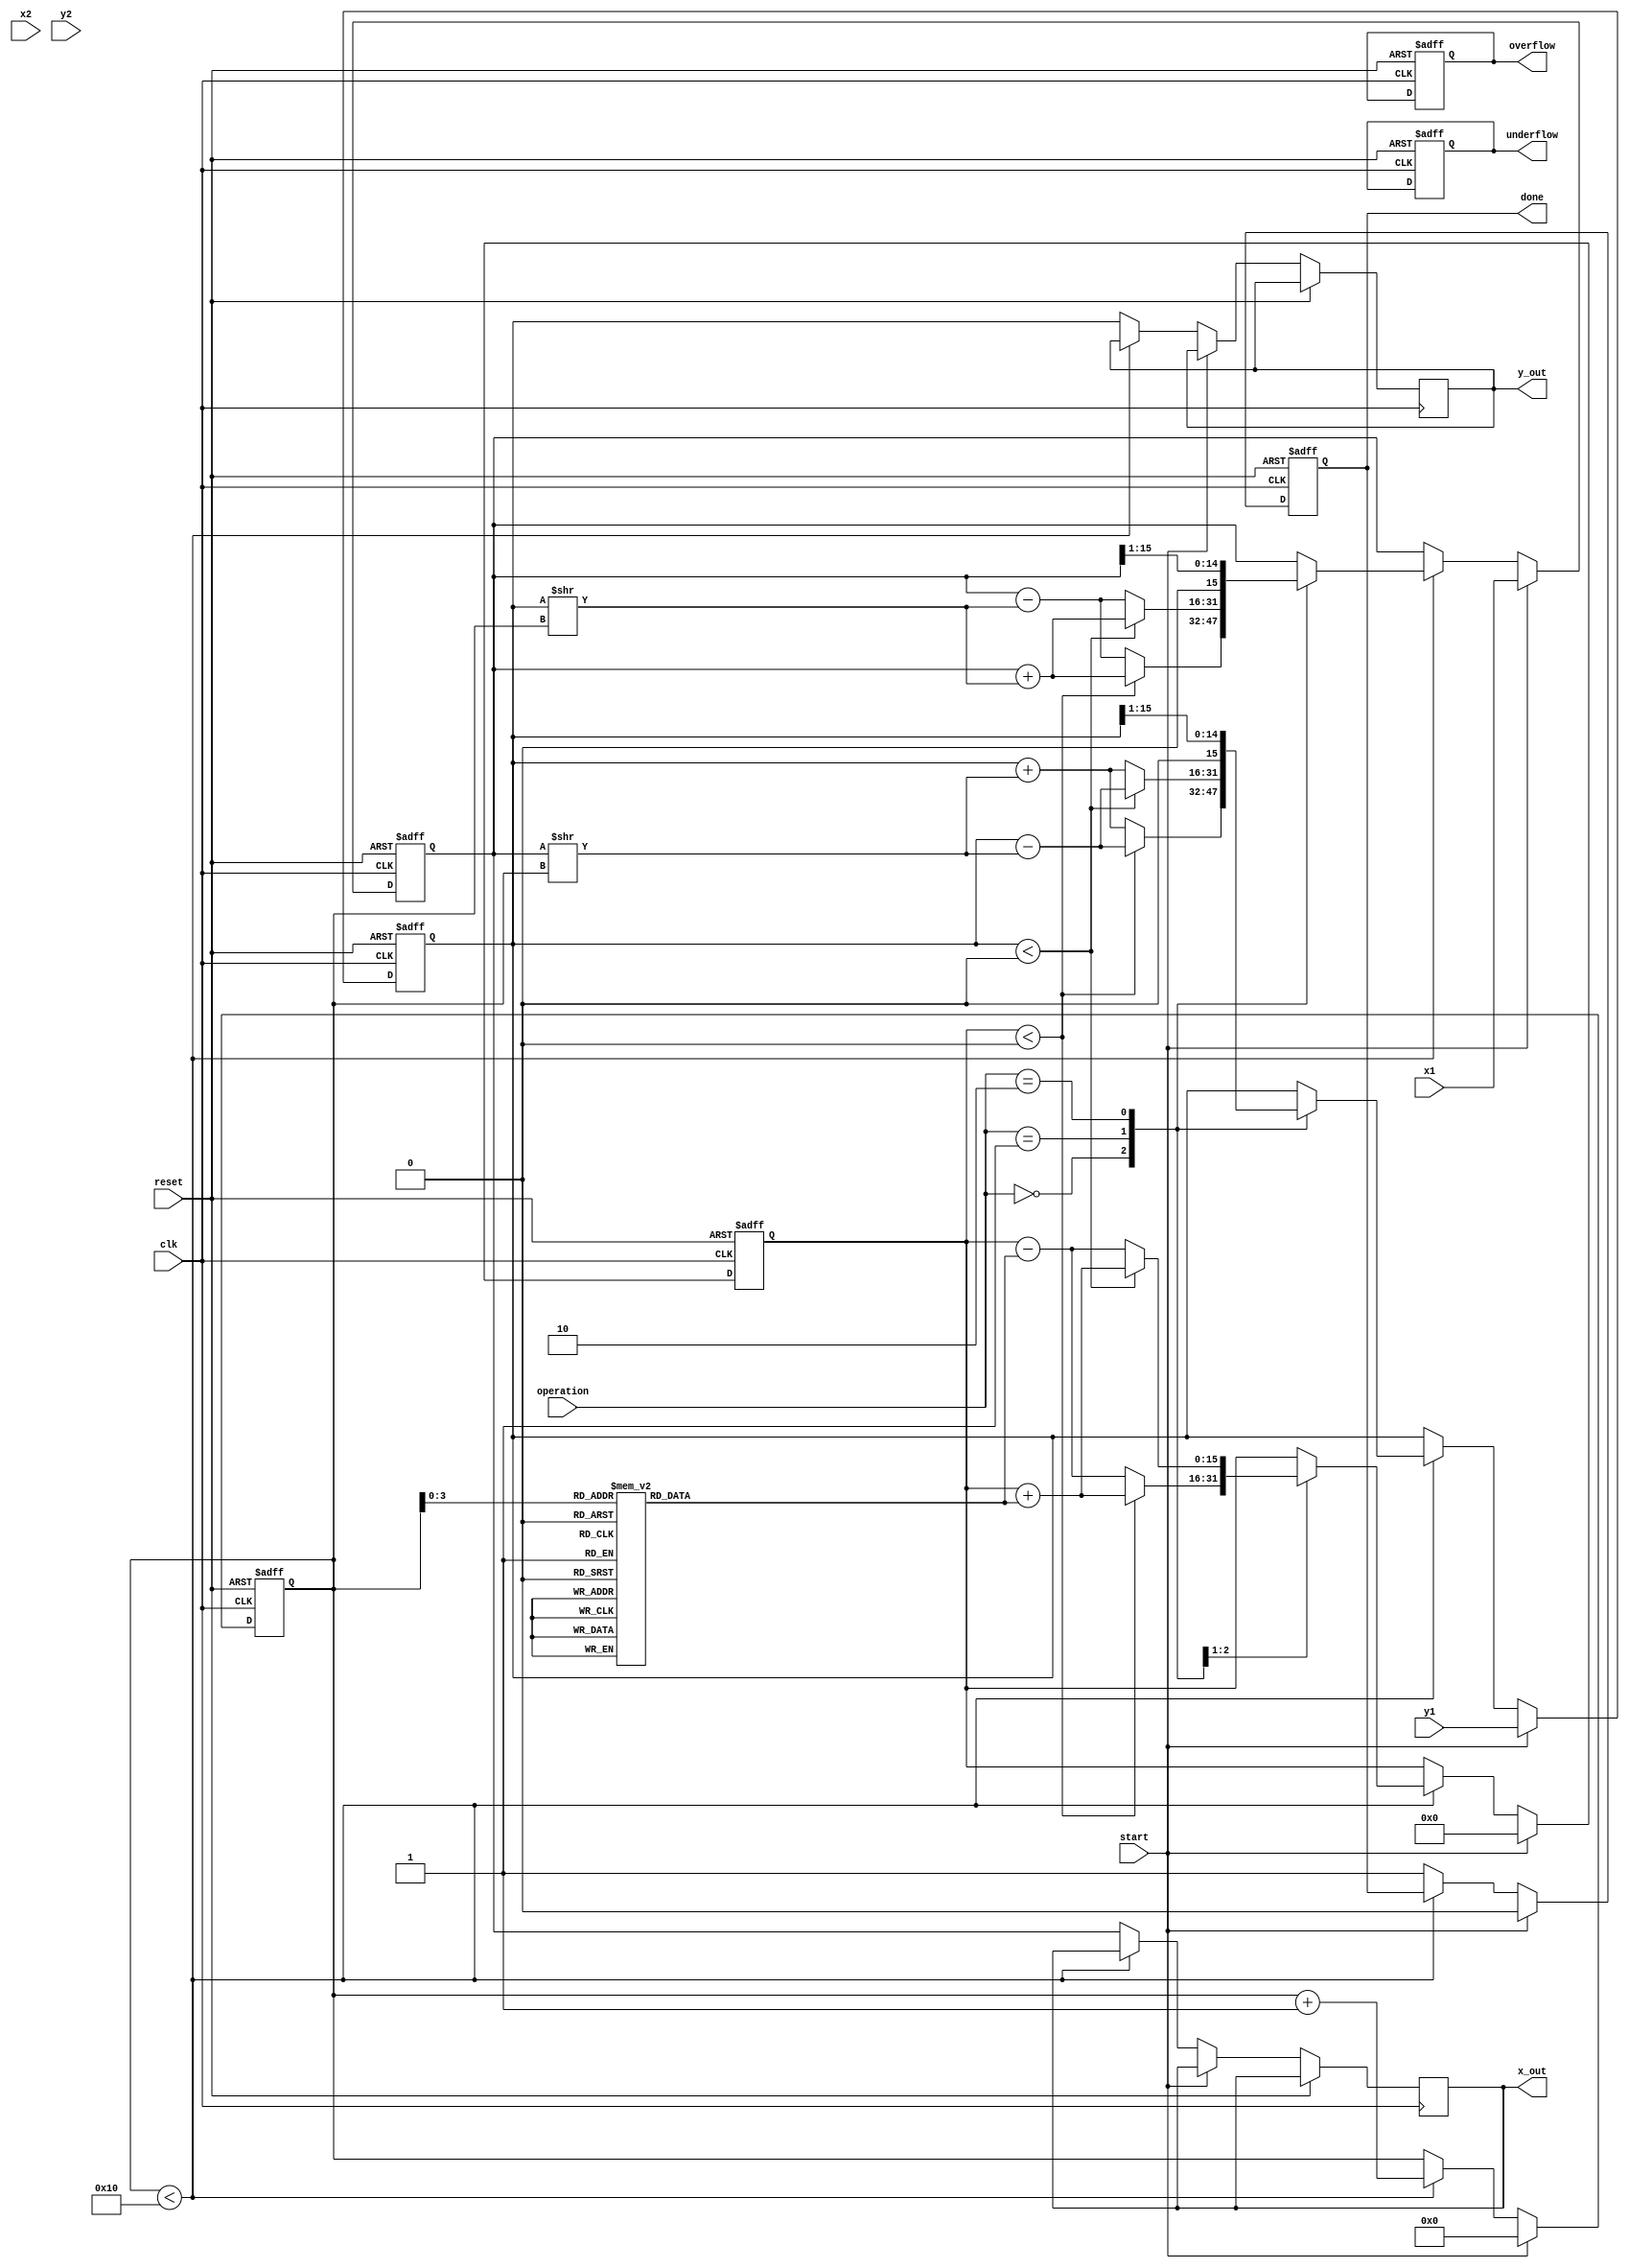
module ComplexCORDIC(
    input wire clk,                // Clock input
    input wire reset,              // Reset input
    input wire start,              // Start signal for operations
    input wire [15:0] x1,          // Real part of first complex number
    input wire [15:0] y1,          // Imaginary part of first complex number
    input wire [15:0] x2,          // Real part of second complex number
    input wire [15:0] y2,          // Imaginary part of second complex number
    input wire [1:0] operation,    // Operation control (00: Multiply, 01: Divide, 10: Square Root)
    output reg [15:0] x_out,       // Real part of output
    output reg [15:0] y_out,       // Imaginary part of output
    output reg done,               // Operation done signal
    output reg overflow,           // Overflow flag
    output reg underflow           // Underflow flag
);

    // Constants for CORDIC algorithm
    parameter NUM_ITERATIONS = 16;
    reg [15:0] atan_table [0:NUM_ITERATIONS-1]; // Lookup table for arctangent values
    reg [15:0] x_reg, y_reg, z_reg;              // Registers for internal states
    reg [4:0] i;                                // Iteration counter
    reg [15:0] z_tmp;                           // Temporary variable for storing angles
    
    // Initialize arctangent look-up table
    initial begin
        atan_table[0] = 16'h0;   // atan(2^0)
        atan_table[1] = 16'h26;  // atan(2^-1)
        atan_table[2] = 16'h1A;  // atan(2^-2)
        atan_table[3] = 16'h0F;  // atan(2^-3)
        atan_table[4] = 16'h0C;  // atan(2^-4)
        atan_table[5] = 16'h09;  // atan(2^-5)
        atan_table[6] = 16'h05;  // atan(2^-6)
        atan_table[7] = 16'h03;  // atan(2^-7)
        atan_table[8] = 16'h02;  // atan(2^-8)
        atan_table[9] = 16'h01;  // atan(2^-9)
        atan_table[10] = 16'h01; // atan(2^-10)
        atan_table[11] = 16'h00; // atan(2^-11)
        atan_table[12] = 16'h00; // atan(2^-12)
        atan_table[13] = 16'h00; // atan(2^-13)
        atan_table[14] = 16'h00; // atan(2^-14)
        atan_table[15] = 16'h00; // atan(2^-15)
    end
    
    // State Machine for CORDIC
    always @(posedge clk or posedge reset) begin
        if (reset) begin
            x_reg <= 0;
            y_reg <= 0;
            z_reg <= 0;
            done <= 0;
            overflow <= 0;
            underflow <= 0;
            i <= 0;
        end else if (start) begin
            // Load initial values
            x_reg <= x1;
            y_reg <= y1;
            z_reg <= 0; // For rotation set to zero, for vectoring set accordingly
            done <= 0;
            i <= 0;
        end else begin
            // CORDIC iterations
            if (i < NUM_ITERATIONS) begin
                // Perform rotation computation based on operation mode
                case (operation)
                    2'b00: begin // Multiplication
                        // Perform CORDIC rotation for multiplication
                        if (z_reg < 0) begin
                            x_reg <= x_reg + (y_reg >> i);
                            y_reg <= y_reg - (x_reg >> i);
                            z_reg <= z_reg + atan_table[i];
                        end else begin
                            x_reg <= x_reg - (y_reg >> i);
                            y_reg <= y_reg + (x_reg >> i);
                            z_reg <= z_reg - atan_table[i];
                        end
                    end
                    
                    2'b01: begin // Division
                        // Perform CORDIC rotation for division
                        if (y_reg < 0) begin
                            x_reg <= x_reg + (y_reg >> i);
                            y_reg <= y_reg - (x_reg >> i);
                            z_reg <= z_reg + atan_table[i];
                        end else begin
                            x_reg <= x_reg - (y_reg >> i);
                            y_reg <= y_reg + (x_reg >> i);
                            z_reg <= z_reg - atan_table[i];
                        end
                    end
                    
                    2'b10: begin // Square Root (implementation can vary)
                        // Implement a simple square root approach or leave it as is
                        // Here treat Z1 as an input and compute square root
                        x_reg <= (x_reg >> 1); // Placeholder for square root feature
                        y_reg <= (y_reg >> 1); // Placeholder for square root feature
                    end

                    default: begin
                        // Do nothing for invalid operation
                    end
                endcase
                i <= i + 1; // Increment iteration
            end else begin
                // Final output assignment
                x_out <= x_reg;
                y_out <= y_reg;
                done <= 1; // Operation done signal
                // Handle overflow/underflow checks here (if needed)
            end
        end
    end
    
endmodule